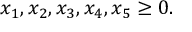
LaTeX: x _ { 1 } , x _ { 2 } , x _ { 3 } , x _ { 4 } , x _ { 5 } \geq 0 .